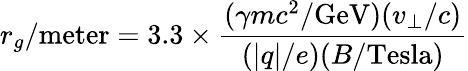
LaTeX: r_{g}/\mathrm{meter}=3.3\times{\frac{(\gamma mc^{2}/\mathrm{GeV})(v_{\perp}/c)}{(|q|/e)(B/\mathrm{Tesla})}}